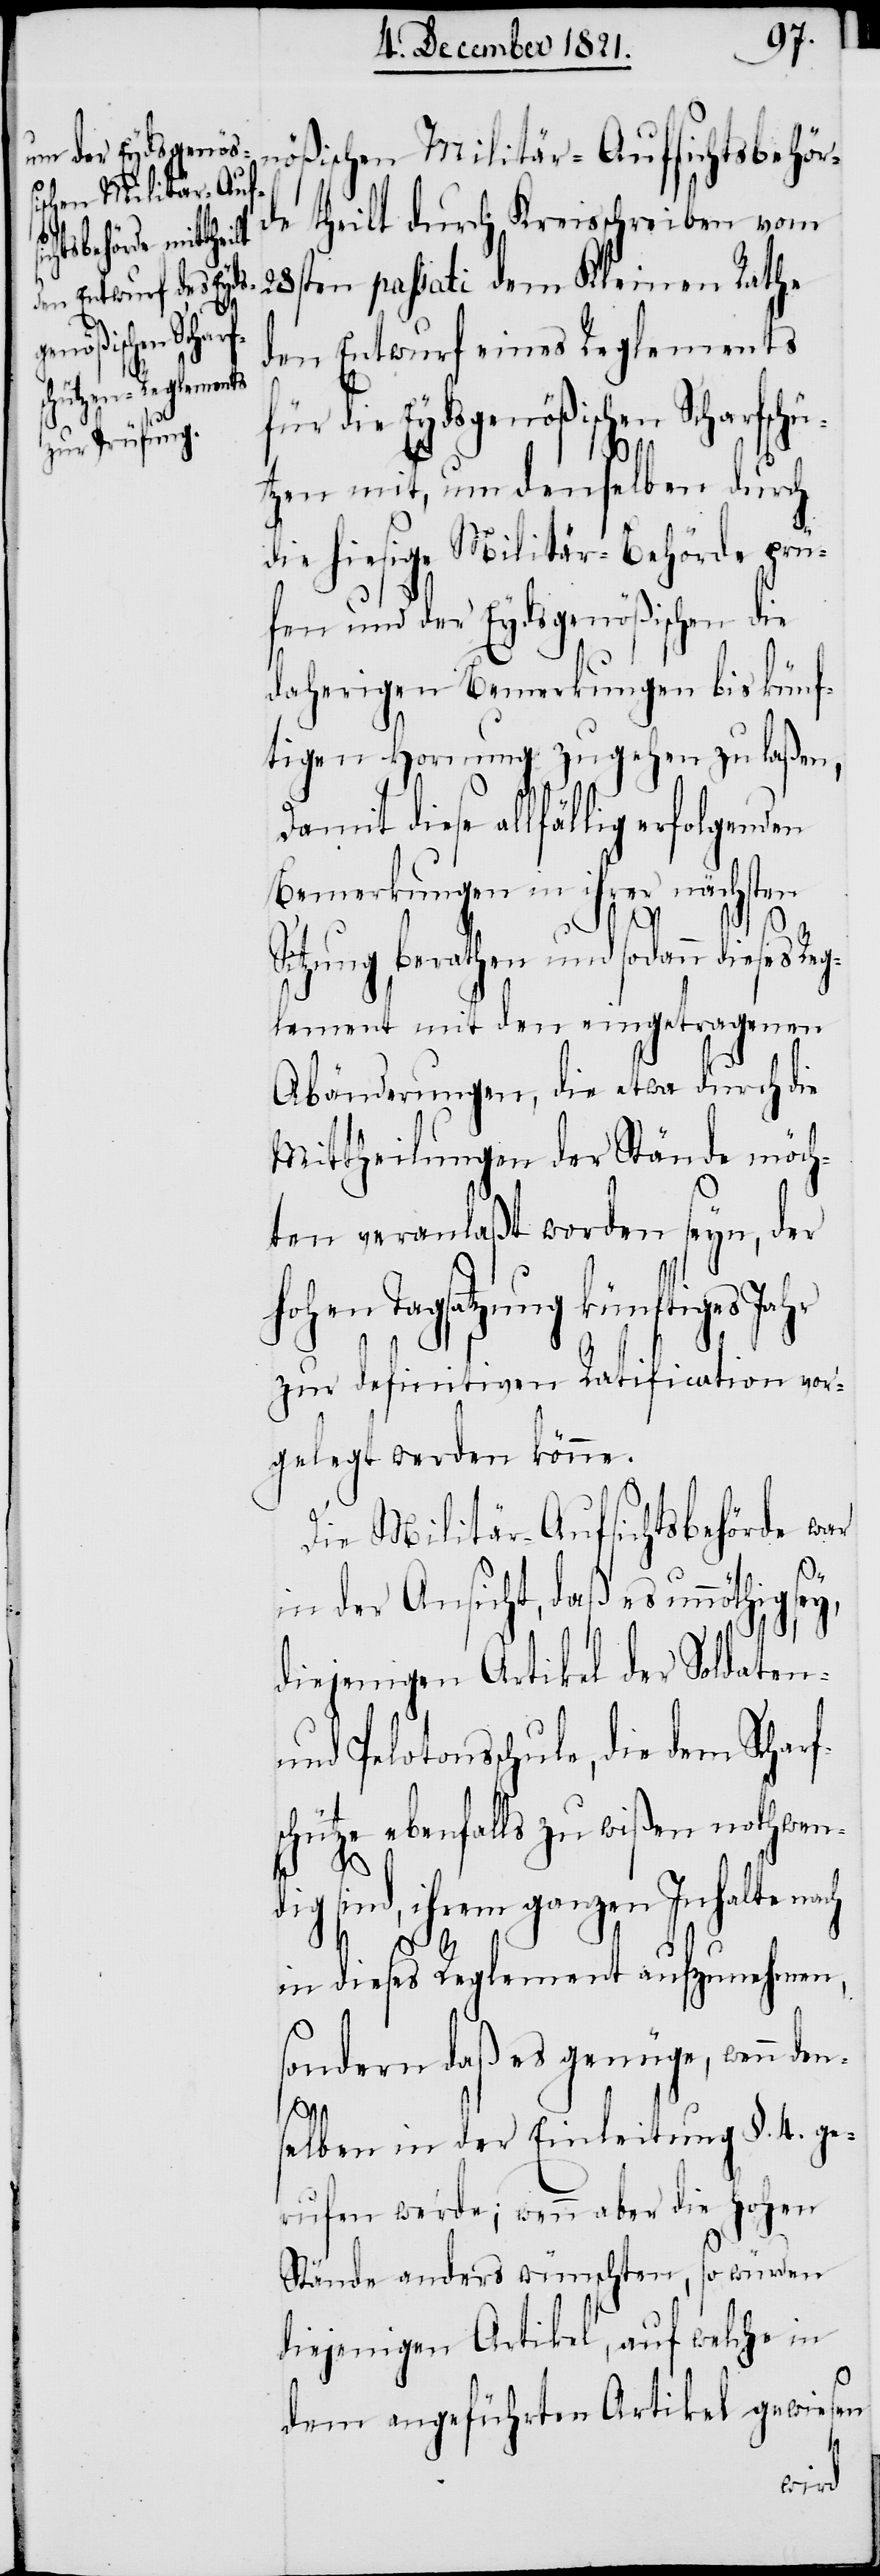
nößischen Militär-Aufsichtsbehör¬
de theilt durch Kreisschreiben vom
28sten passati dem Kleinen Rathe
den Entwurf eines Reglements
für die Eydsgenößischen Scharfsch¬
sc¬
tzen mit, um denselben durch
die hiesige Militär-Behörde prü¬
fen und der Eydsgenößischen die
daherigen Bemerkungen bis künf¬
tigen Hornung zugehen zu laßen,
damit diese allfällig erfolgenden
Bemerkungen in ihrer nächsten
Sitzung berathen und sodann dieses Reg¬
lement mit den eingetragenen
Abänderungen, die etwa durch die
Mittheilungen der Stände möch¬
ten veranlaßt worden seyn, der
hohen Tagsatzung künftiges Jahr
zur definitiven Ratification vor¬
gelegt werden könne.
Die Militär-Aufsichtsbehörde war
in der Ansicht, daß es unnöthig
diejenigen Artikel der Soldaten-
und Pelotons-Schule, die dem Scharf¬
hütze ebenfalls zu wißen nothwen¬
dig sind, ihrem ganzen Inhalte nach
in dieses Reglement aufzunehmen,
sondern daß es genüge, wenn den¬
selben in der Einleitung §. 4. ge¬
rufen werde; wenn aber die Hohen
Stände anders wünschten, so würden
diejenigen Artikel, auf welche in
dem angeführten Artikel gewiesen